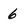
Character: 6